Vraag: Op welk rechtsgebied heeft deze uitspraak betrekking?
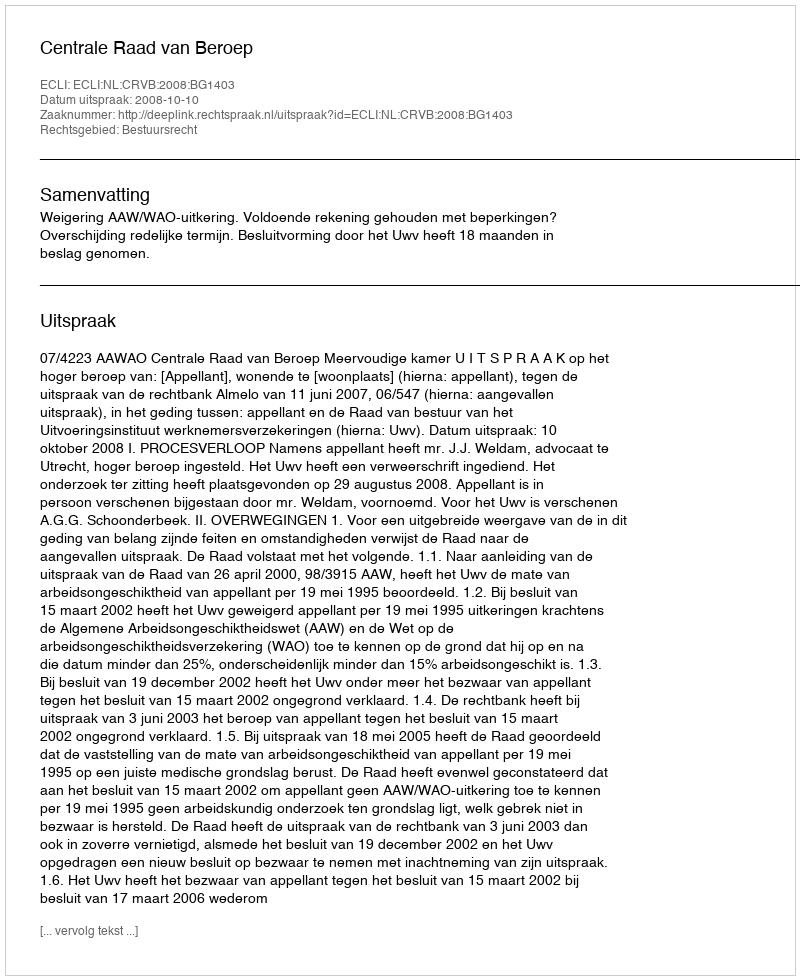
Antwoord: Bestuursrecht